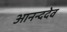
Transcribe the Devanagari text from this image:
आनन्ददेव